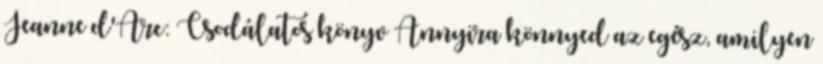
Jeanne d'Arc: Csodálatos könyv Annyira könnyed az egész, amilyen